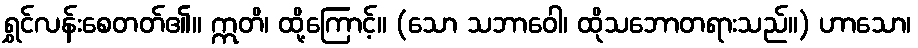
ရွှင်လန်းစေတတ်၏။ ဣတိ၊ ထို့ကြောင့်။ (သော သဘာဝေါ၊ ထိုသဘောတရားသည်။) ဟာသော၊